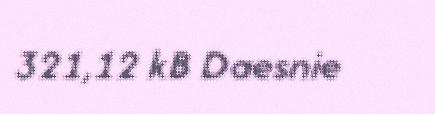
321,12 kB Daesnie